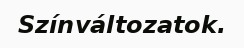
Színváltozatok.